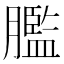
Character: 𦡶